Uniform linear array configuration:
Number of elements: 16
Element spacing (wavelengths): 1
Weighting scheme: blackman
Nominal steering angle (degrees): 30
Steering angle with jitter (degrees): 28.462
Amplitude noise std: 0.05
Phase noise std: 0.05

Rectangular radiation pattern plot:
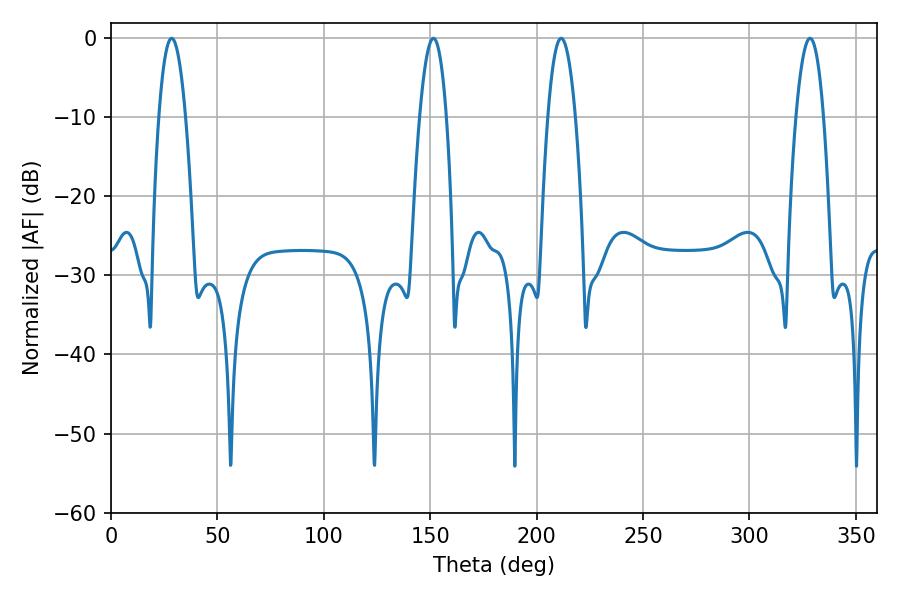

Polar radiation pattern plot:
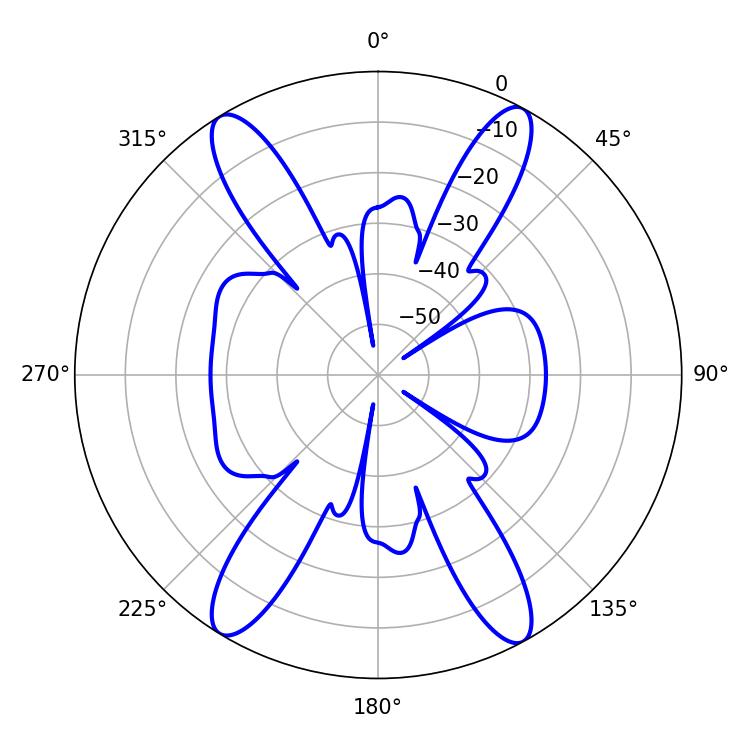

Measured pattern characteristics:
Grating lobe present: TRUE
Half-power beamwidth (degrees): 7.02
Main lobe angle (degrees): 211.5